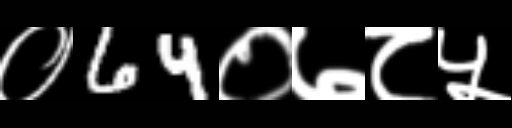
Text: ०64०७८५